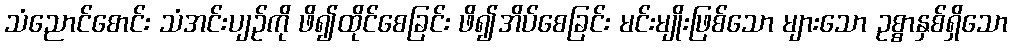
သံညောင်စောင်း သံအင်းပျဉ်ကို ဖိ၍ထိုင်စေခြင်း ဖိ၍အိပ်စေခြင်း မင်းမျိုးဖြစ်သော များသော ဥစ္စာနှစ်ရှိသော